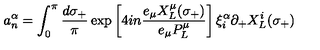
a _ { n } ^ { \alpha } = \int _ { 0 } ^ { \pi } \frac { d \sigma _ { + } } { \pi } \exp \left[ 4 i n \frac { e _ { \mu } X _ { L } ^ { \mu } ( \sigma _ { + } ) } { e _ { \mu } P _ { L } ^ { \mu } } \right] \xi _ { i } ^ { \alpha } \partial _ { + } X _ { L } ^ { i } ( \sigma _ { + } )